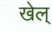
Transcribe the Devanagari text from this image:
खेल्